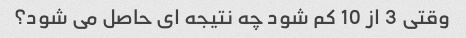
وقتی 3 از 10 کم شود چه نتیجه ای حاصل می شود؟